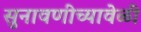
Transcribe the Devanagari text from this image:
सुनावणीच्यावेळी